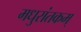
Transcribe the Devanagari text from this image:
मधुरांतकम्